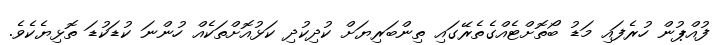
ފުއްޕުން ހުރެފައި މަޑު ބޯތޮށްޓެއްގެތެރޭގައި ތިންބަރިޔަށް ކުދިކުދި ކަޅުއޮށްތަކެއް ހުންނަ ކުޑަކުޑަ ތޮޅިޔެކެވެ.